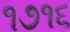
૧૭૧૬